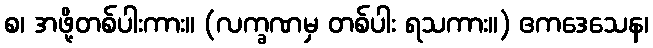
စ၊ အဖို့တစ်ပါးကား။ (လက္ခဏမှ တစ်ပါး ရသကား။) ဧကဒေသေန၊